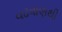
વઢવાણથી